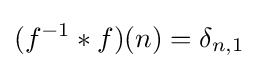
(f^{-1}\ast f)(n)=\delta _{n,1}